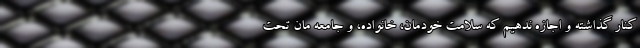
کنار گذاشته و اجازه ندهیم که سلامت خودمان، خانواده، و جامعه مان تحت